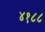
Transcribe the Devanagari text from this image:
४१८८